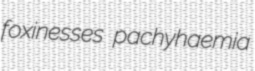
foxinesses pachyhaemia